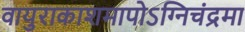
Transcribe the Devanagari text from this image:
वायुराकाशमापोऽग्‍निचंद्रमा